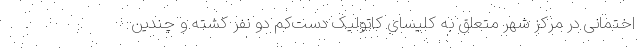
اختمانی در مرکز شهر متعلق به کلیسای کاتولیک دست‌کم دو نفر کشته و چندین